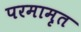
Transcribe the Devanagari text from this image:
परमामृत